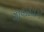
ગાલાહાદએ